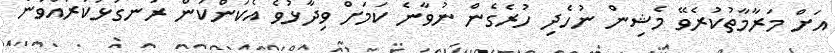
އަށް މަރާމާތުކުރެވޭ މެޝިން ނުހެދި ހުރެގެން ނުވާނެ ކަމަށް ވިދާޅުވެ އެކަންކަން ރަނގަޅުކުރައްވާނެ